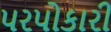
પરપોકારી